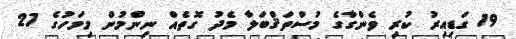
19 ގަޑިއިރު ކުރި ވެންގާގެ މުސްތަޤްބަލާ މެދު ގޮތެއް ނިންމުން މިމަހުގެ 27